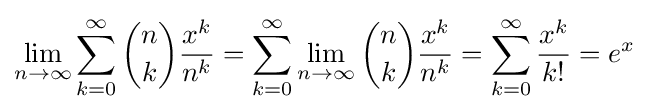
\lim _{n\to \infty }\sum _{k=0}^{\infty }{n \choose k}{\frac {x^{k}}{n^{k}}}=\sum _{k=0}^{\infty }\lim _{n\to \infty }{n \choose k}{\frac {x^{k}}{n^{k}}}=\sum _{k=0}^{\infty }{\frac {x^{k}}{k!}}=e^{x}